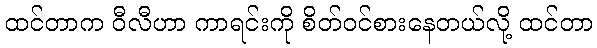
ထင်တာက ဝီလီဟာ ကာရင်းကို စိတ်ဝင်စားနေတယ်လို့ ထင်တာ